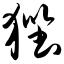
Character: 狴